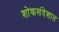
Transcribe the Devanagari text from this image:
शोकसंदेशात